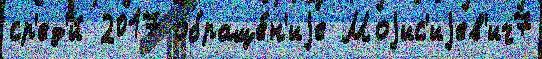
ср'ед'и́ 2017 обраще́н'иjе Моjис'иjев'ич7